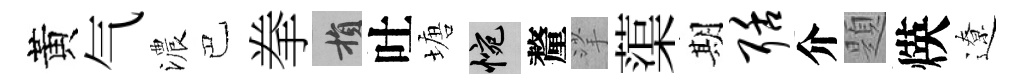
黃气濃巴拳損吐塘惋釐挲蕖期聒介題煐遼